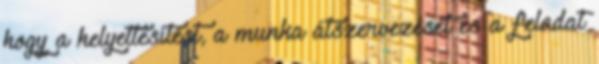
hogy a helyettesítést, a munka átszervezését és a feladat